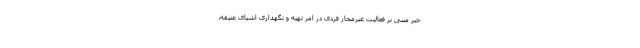
خبر مبنی بر فعالیت غیرمجاز فردی در امر تهیه و نگهداری اشیای عتیقه،